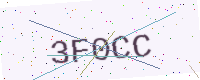
Text: 3F0CC